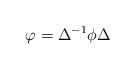
LaTeX: \begin{align*}\varphi=\Delta^{-1} \phi \Delta\end{align*}